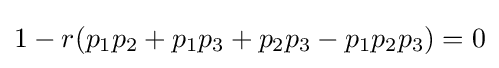
1-r(p_{1}p_{2}+p_{1}p_{3}+p_{2}p_{3}-p_{1}p_{2}p_{3})=0